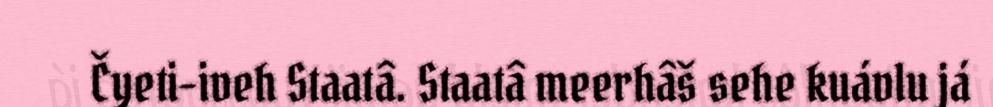
Čyeti-iveh Staatâ. Staatâ meerhâš sehe kuávlu já